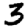
Digit: 3